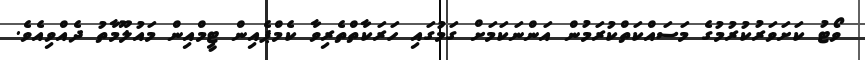
ވޯޓު ކަށަވަރުކުރުމުގެ މަސައްކަތްކުރަމުން އަންނަކަމަށް ގަމުގައި ހަރަކާތްތެރިވާ ކެމްޕެއިން ޓީމްއިން މައުލޫމާތު ދެއްވިއެވެ.